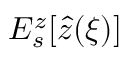
E _ { s } ^ { z } [ \hat { z } ( \xi ) ]